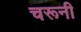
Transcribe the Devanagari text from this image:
चरूनी